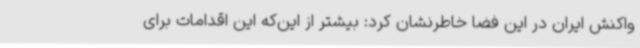
واکنش ایران در این فضا خاطرنشان کرد: بیشتر از این‌که این اقدامات برای